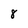
Character: 8